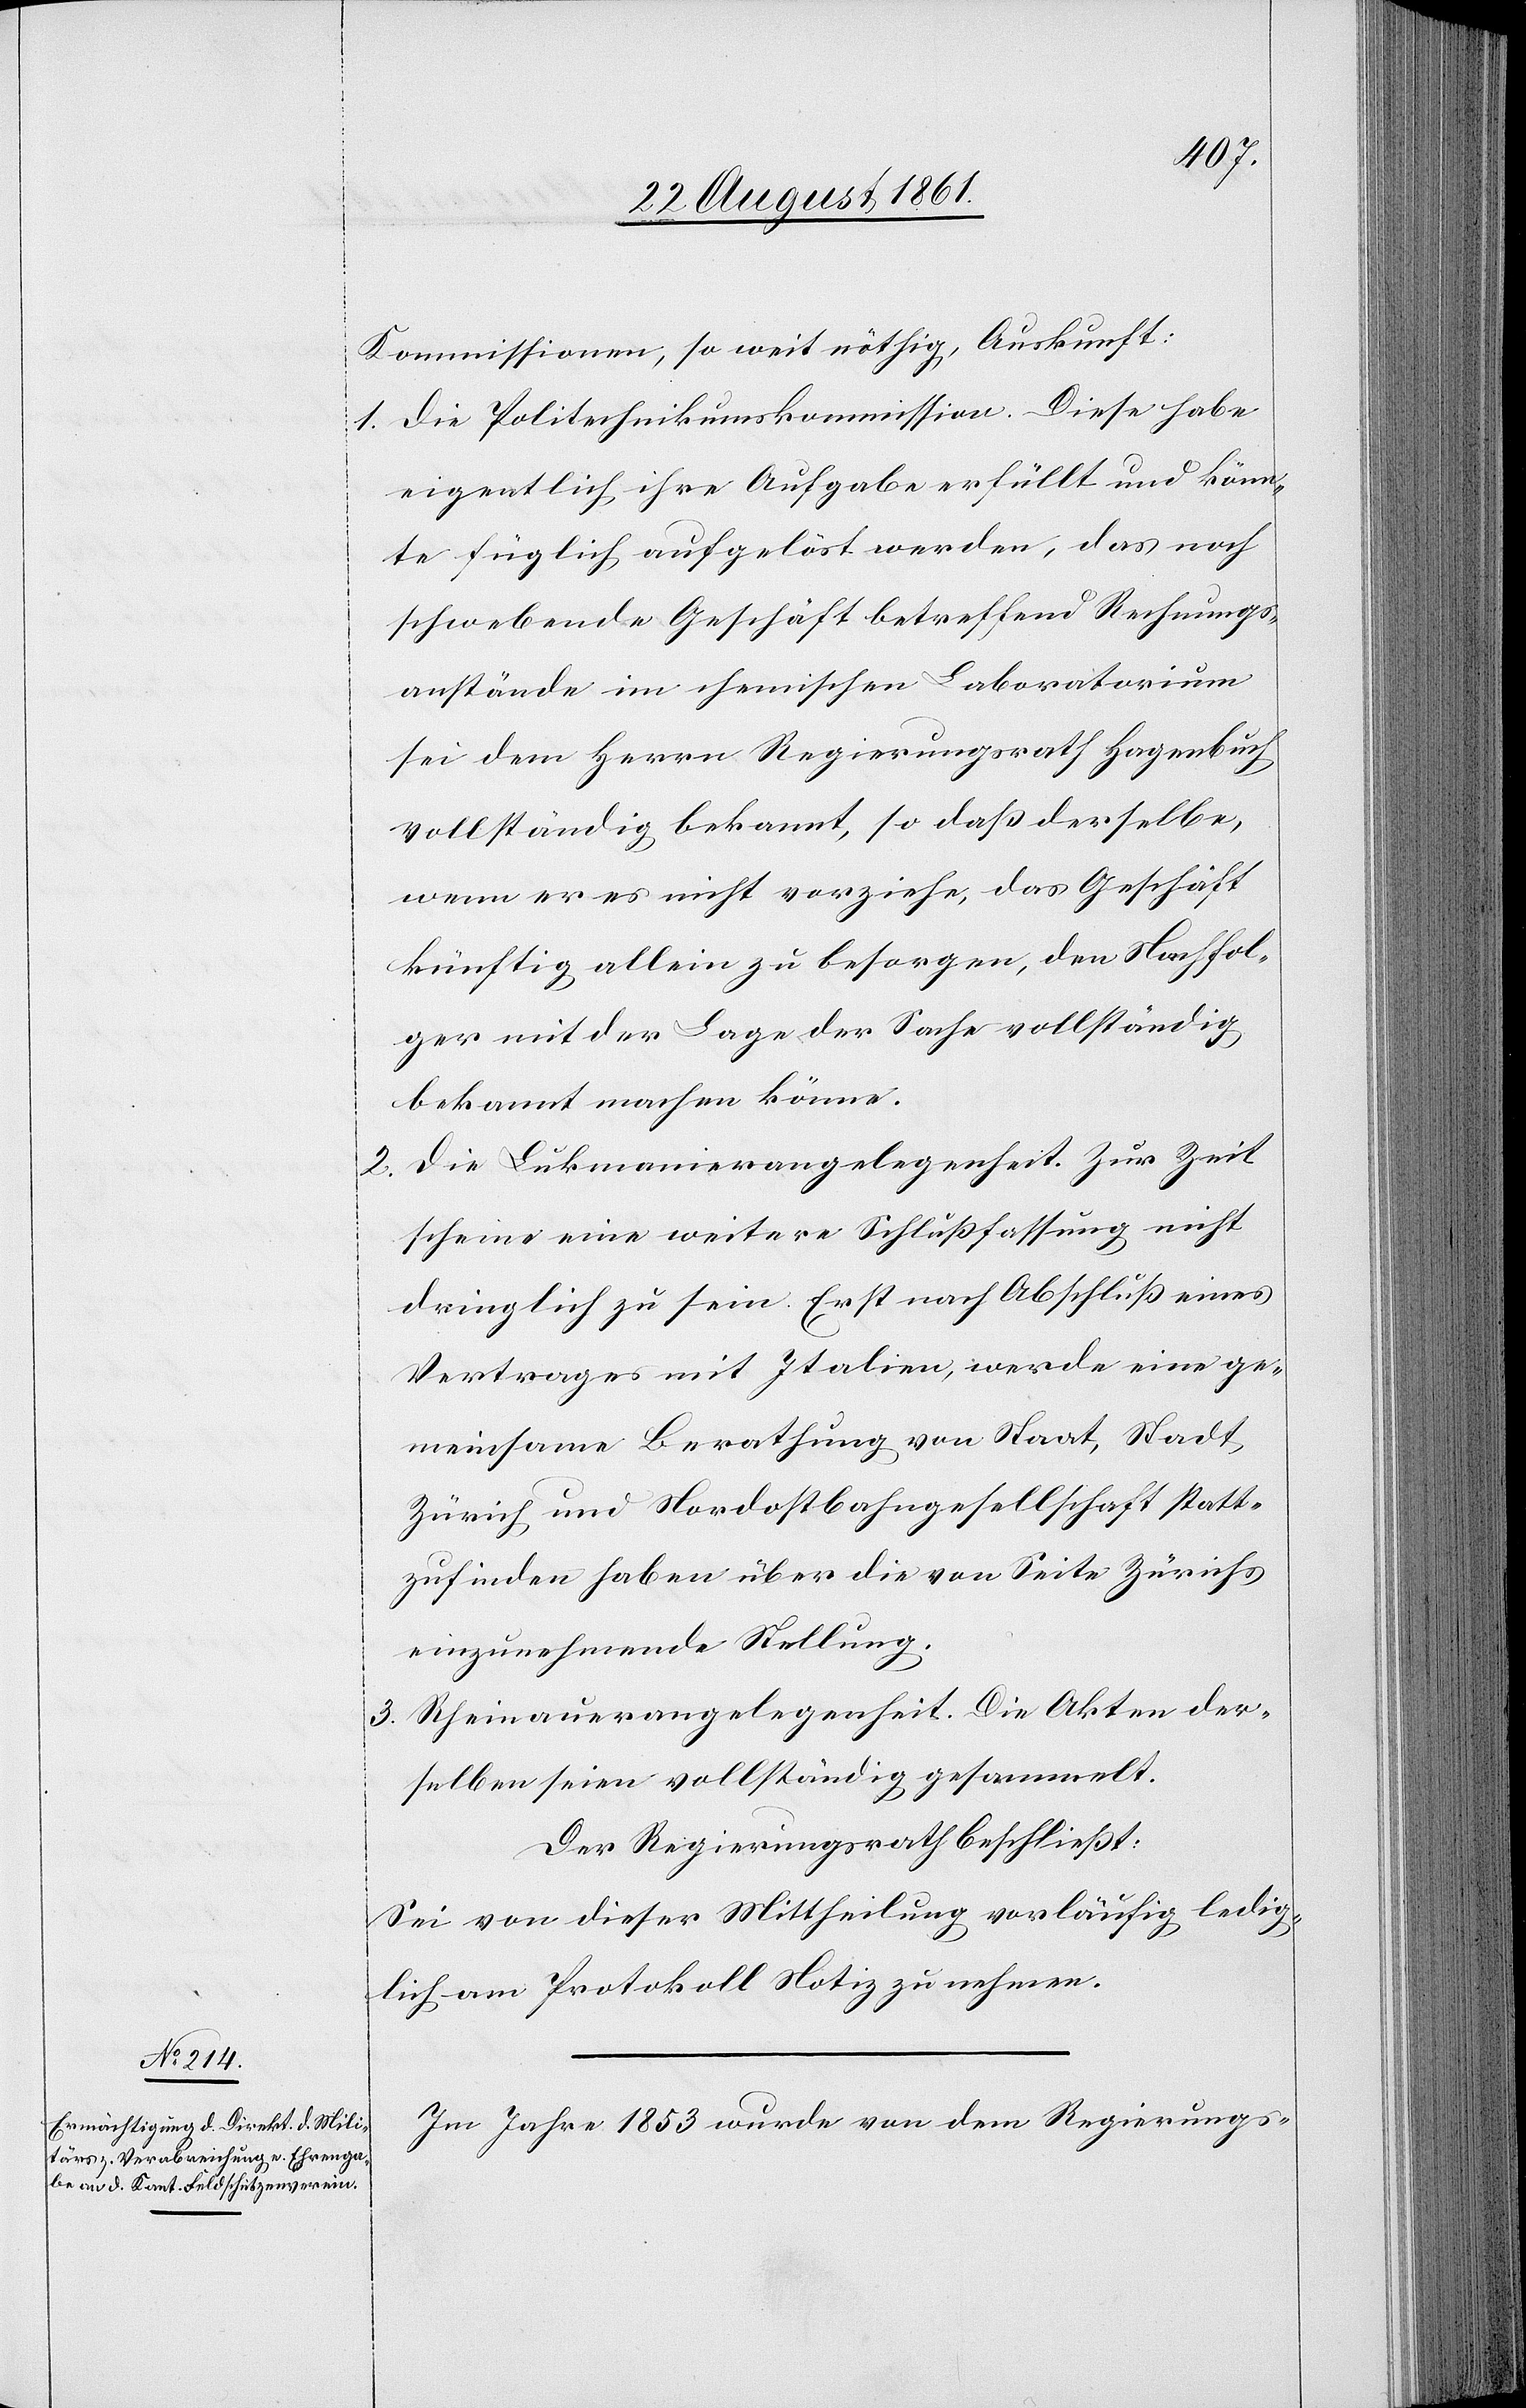
Kommissionen, so weit nöthig, Auskunft:
1. Die Politechnikumskommission. Diese habe
eigentlich ihre Aufgabe erfüllt und könn¬
te füglich aufgelöst werden, das noch
schwebende Geschäft betreffend Rechnungs¬
anstände im chemischen Laboratorium
sei dem Herrn Regierungsrath Hagenbuch
vollständig bekannt, so daß derselbe,
wenn er es nicht vorziehe, das Geschäft
künftig allein zu besorgen, den Nachfol¬
ger mit der Lage der Sache vollständig
bekannt machen könne.
2. Die Lukmanierangelegenheit. Zur Zeit
scheine eine weitere Schlußfassung nicht
dringlich zu sein. Erst nach Abschluß eines
Vertrages mit Italien, werde eine ge¬
meinsame Berathung von Staat, Stadt
Zürich und Nordostbahngesellschaft statt¬
zufinden haben über die von Seite Zürich
einzunehmende Stellung.
3. Rheinauerangelegenheit. Die Akten der¬
selben seien vollständig gesammelt.
Der Regierungsrath beschließt:
Sei von dieser Mittheilung vorläufig ledig¬
lich am Protokoll Notiz zu nehmen.
Im Jahre 1853 wurde von dem Regierungs-